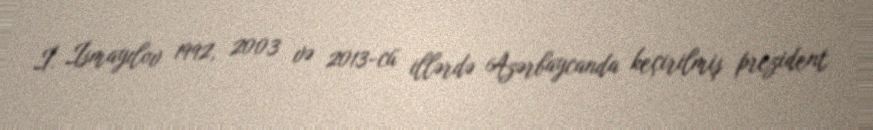
İ. İsmayılov 1992, 2003 və 2013-cü illərdə Azərbaycanda keçirilmiş prezident